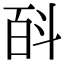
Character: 㪶